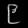
Digit: ၉